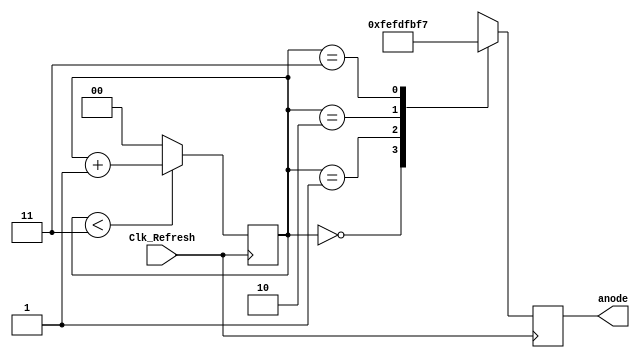
`timescale 1ns / 1ps
//////////////////////////////////////////////////////////////////////////////////
// Company: LS
// 
// Design Name: 
// Module Name: Anode_Controller
// Project Name: 
// Target Devices: 
// Tool Versions: 
// Description: 
// 
// Dependencies: 
// 
// Revision:
// Revision 0.01 - File Created
// Additional Comments:
// 
//////////////////////////////////////////////////////////////////////////////////


module Anode_Controller(
                        input Clk_Refresh,
                        output reg [7:0] anode = 8'b1111_1111
                     );
reg [1:0] refresh_digit=0;
always@(posedge Clk_Refresh)
begin
    if (refresh_digit < 3) begin
        refresh_digit <= refresh_digit +1;
    end
    else
        refresh_digit <= 0;
           
end

always@(posedge Clk_Refresh)
begin
        case(refresh_digit)
        2'b00:
                anode = 8'b1111_1110;  ////// LS Digit Selected
        2'b01:
                anode = 8'b1111_1101;
        2'b10:
                anode = 8'b1111_1011;
        2'b11:
                anode = 8'b1111_0111; //////// MS Digit Selected 
        endcase
end
endmodule